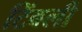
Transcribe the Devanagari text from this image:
टिंबली